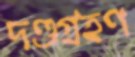
দণ্ডগ্রহণ